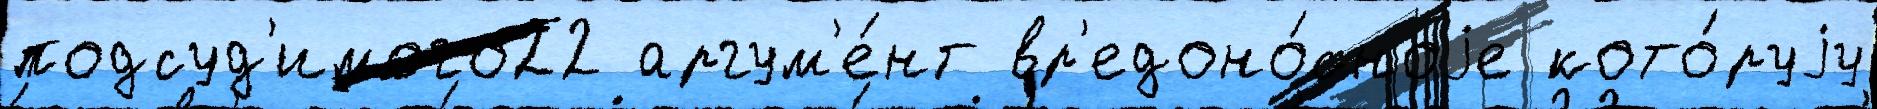
подсуд'имого22 аргум'е́нт вр'едоно́сноjе кото́руjу